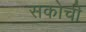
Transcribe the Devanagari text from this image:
सकोची